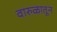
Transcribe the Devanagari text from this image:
वारुळातून